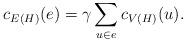
LaTeX: \begin{align*} c_{E(H)}(e)=\gamma\sum\limits_{u\in e}c_{V(H)}(u).\end{align*}